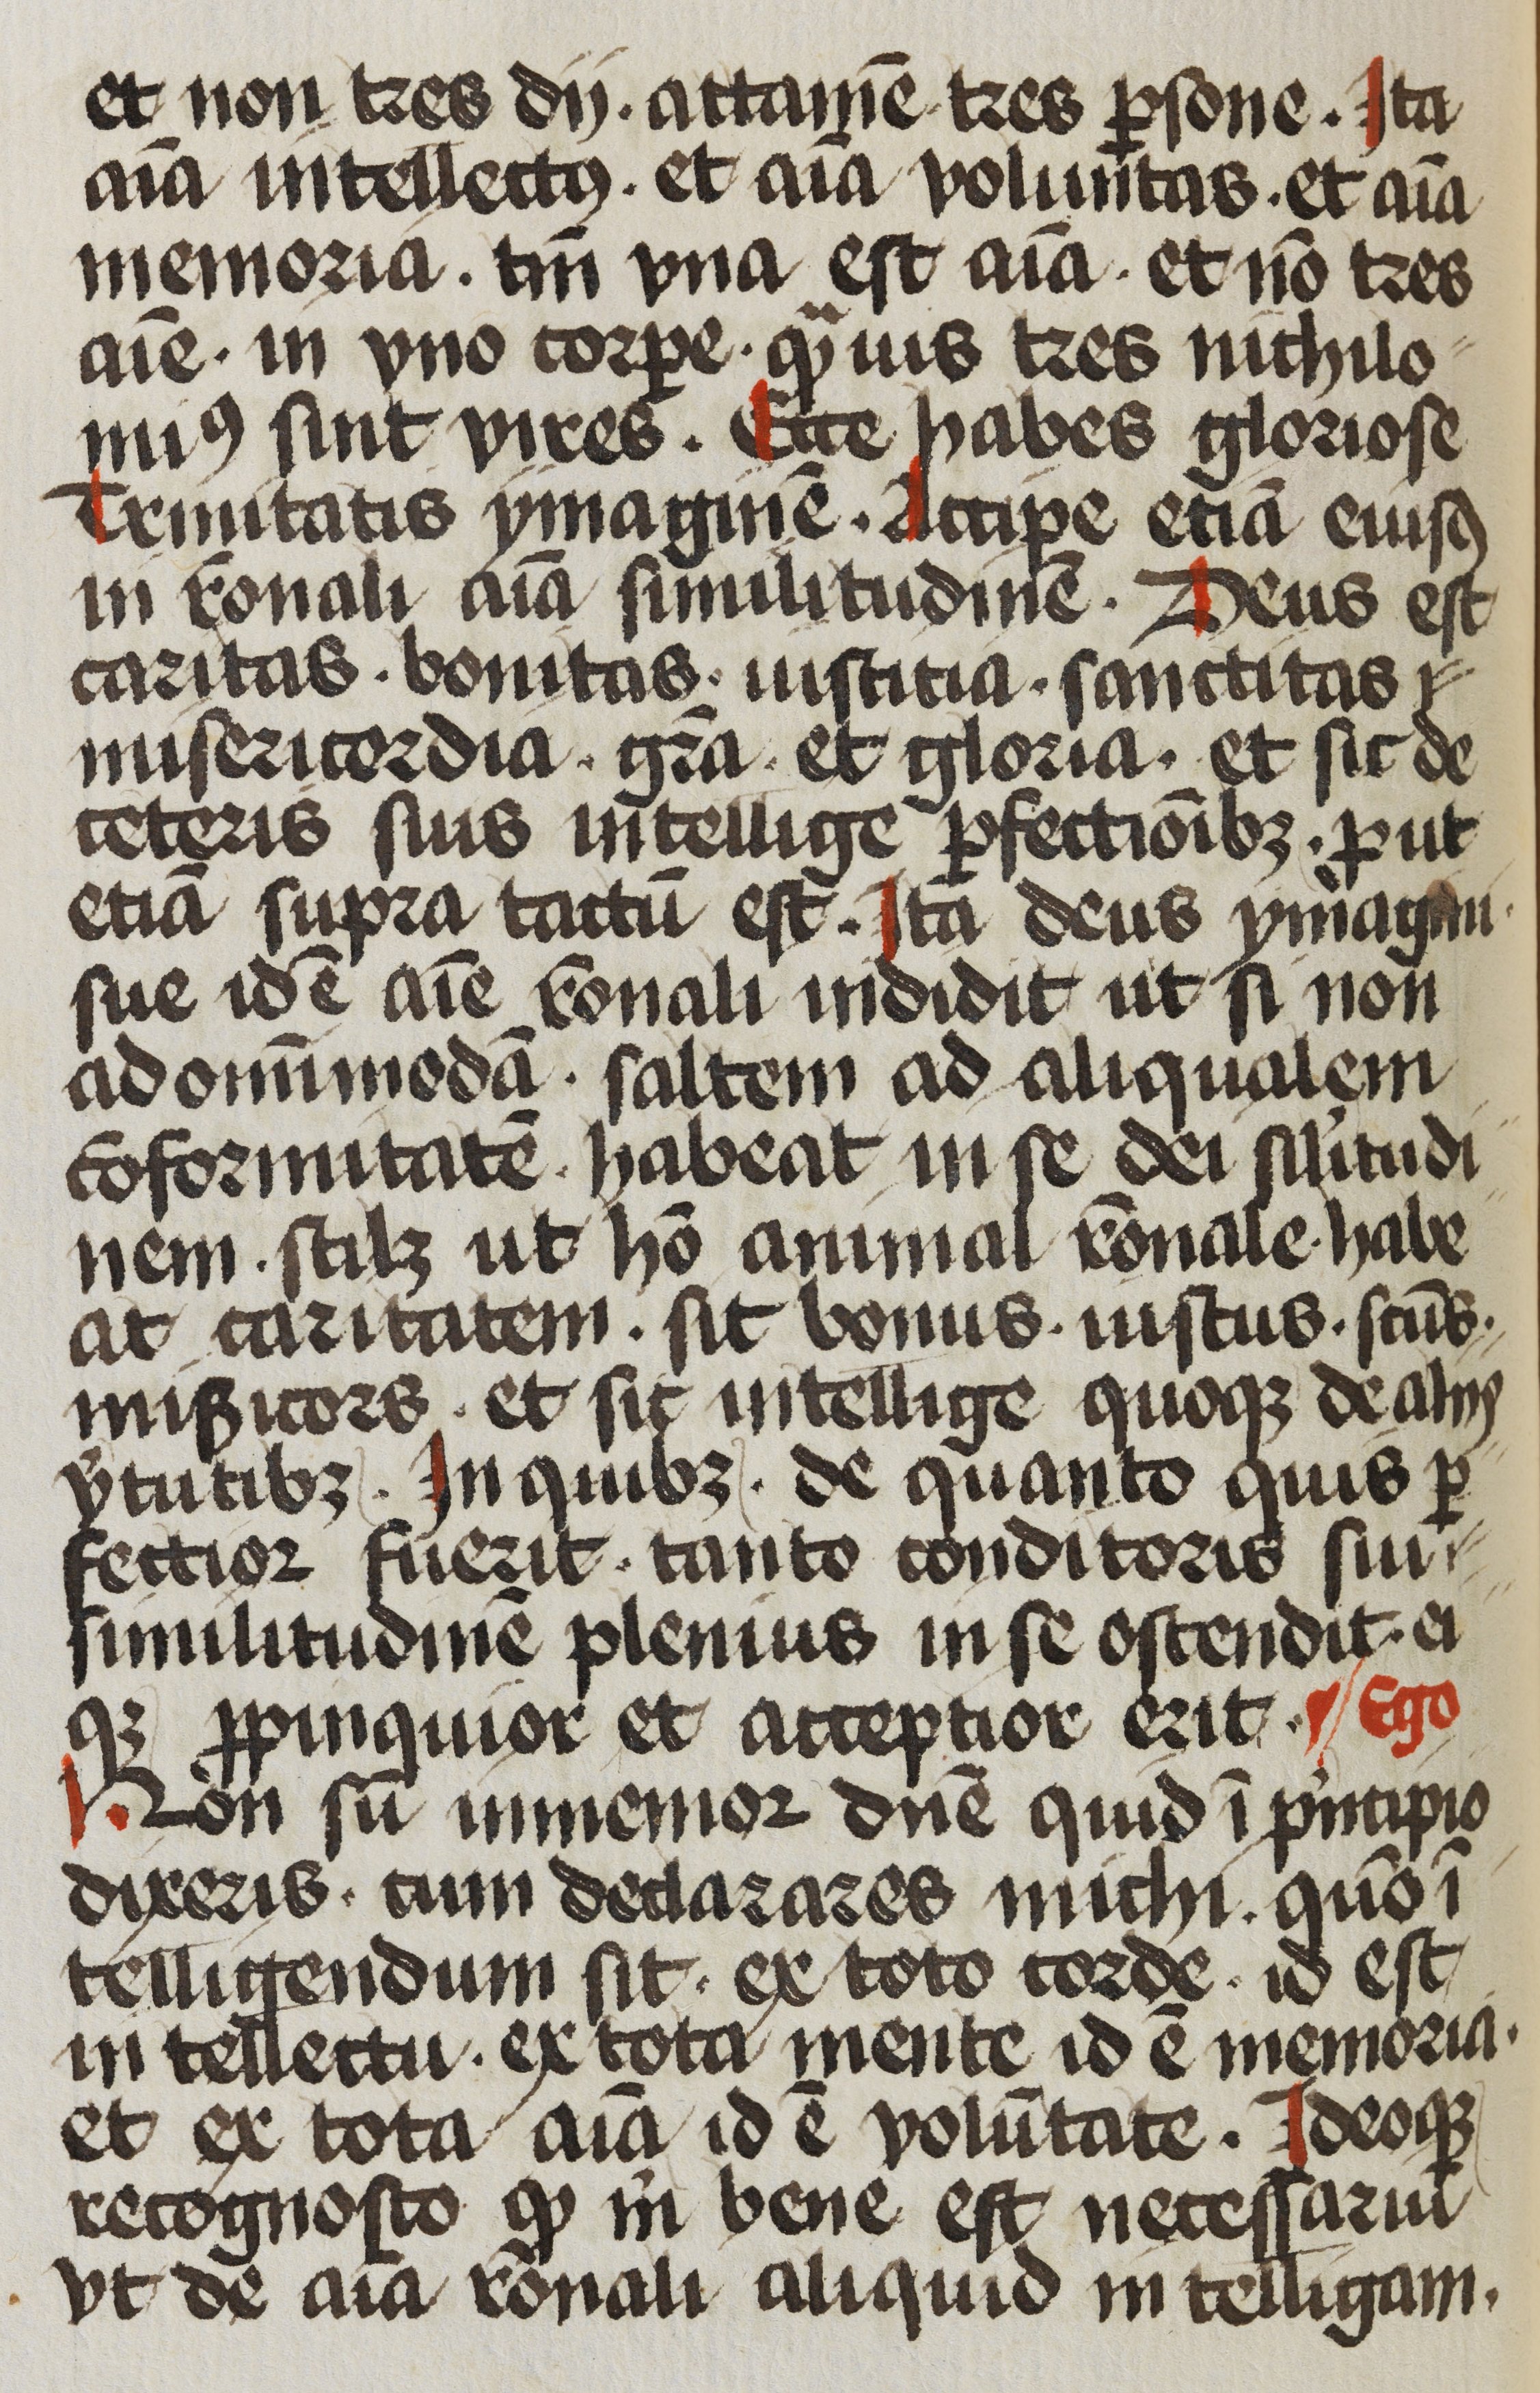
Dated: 1472–1472